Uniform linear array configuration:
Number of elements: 32
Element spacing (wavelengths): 0.25
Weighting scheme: blackman
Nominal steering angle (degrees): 45
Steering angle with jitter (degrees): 45.209
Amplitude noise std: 0.05
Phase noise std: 0.05

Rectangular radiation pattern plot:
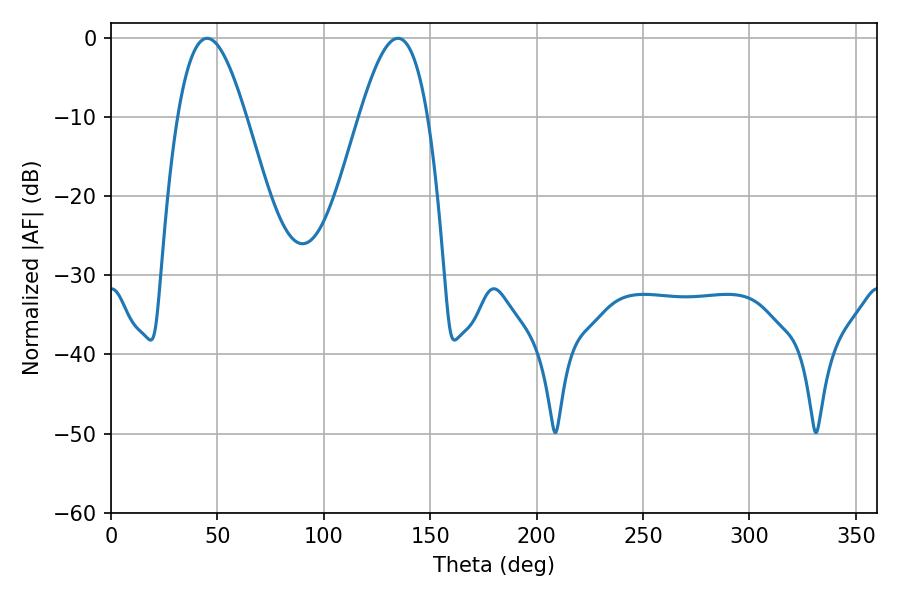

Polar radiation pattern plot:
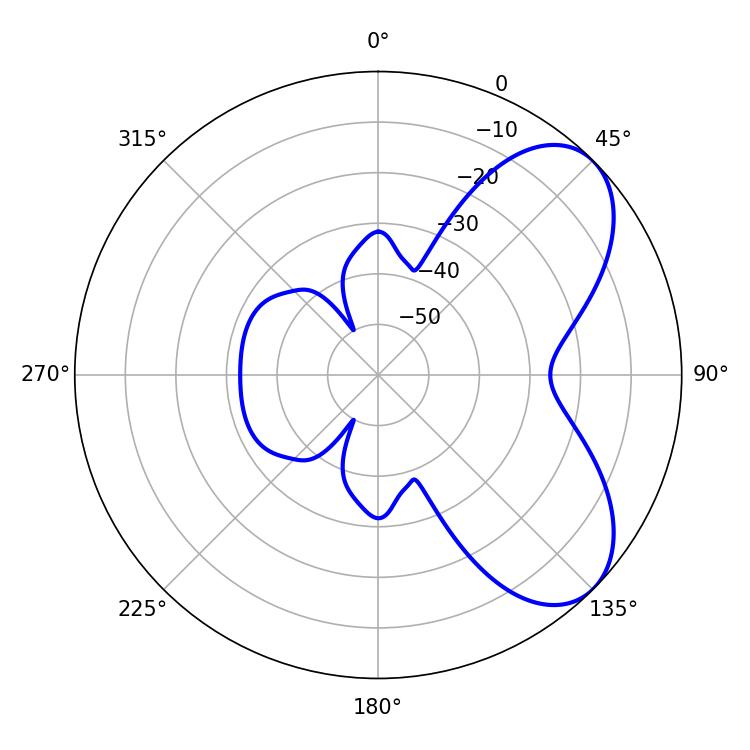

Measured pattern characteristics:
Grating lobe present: FALSE
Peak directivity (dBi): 6.229
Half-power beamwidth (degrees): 17.46
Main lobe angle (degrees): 45.18